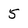
Character: 5